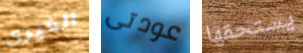
الخيري عودتى يستحقها